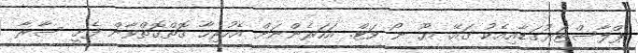
ޕްލާސްޓަރުގަޑާއިއެކު ގައޭ. ޔޫ ނޯ ވަޓް. އަހަރެންނަށް އެހުރިހާ ގޮތްގޮތްވާން ފެށީ ސާރާ